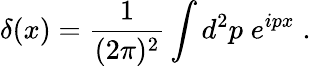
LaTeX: \delta(x)=\frac{1}{(2\pi)^{2}}\int d^{2}p\; e^{ipx}\; .